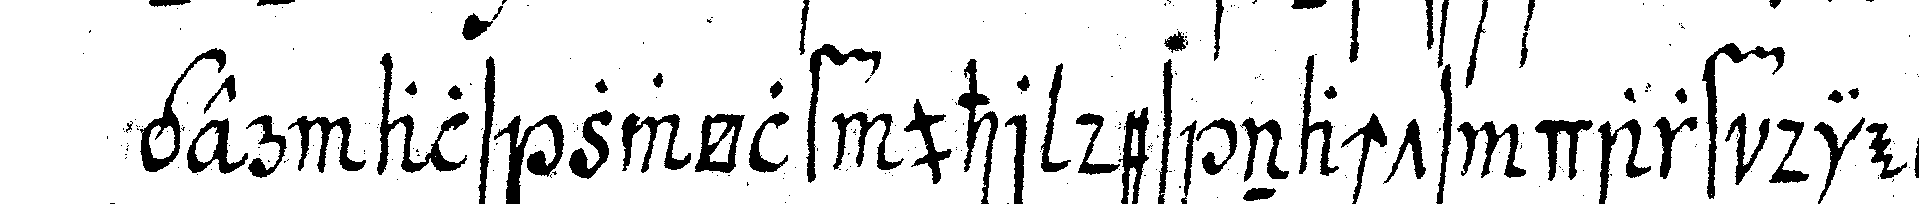
ger als zwölf uhr des nachts darf die *tri..*